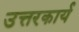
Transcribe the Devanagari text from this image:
उत्तरकार्य